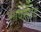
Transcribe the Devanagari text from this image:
माचरहाट